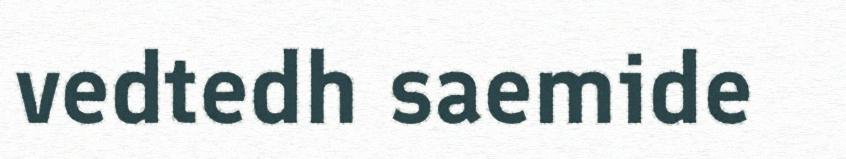
vedtedh saemide